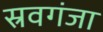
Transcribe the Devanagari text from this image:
स्रवगंजा